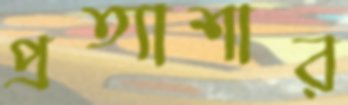
প্রত্যাশার